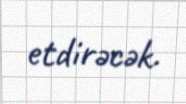
etdirəcək.